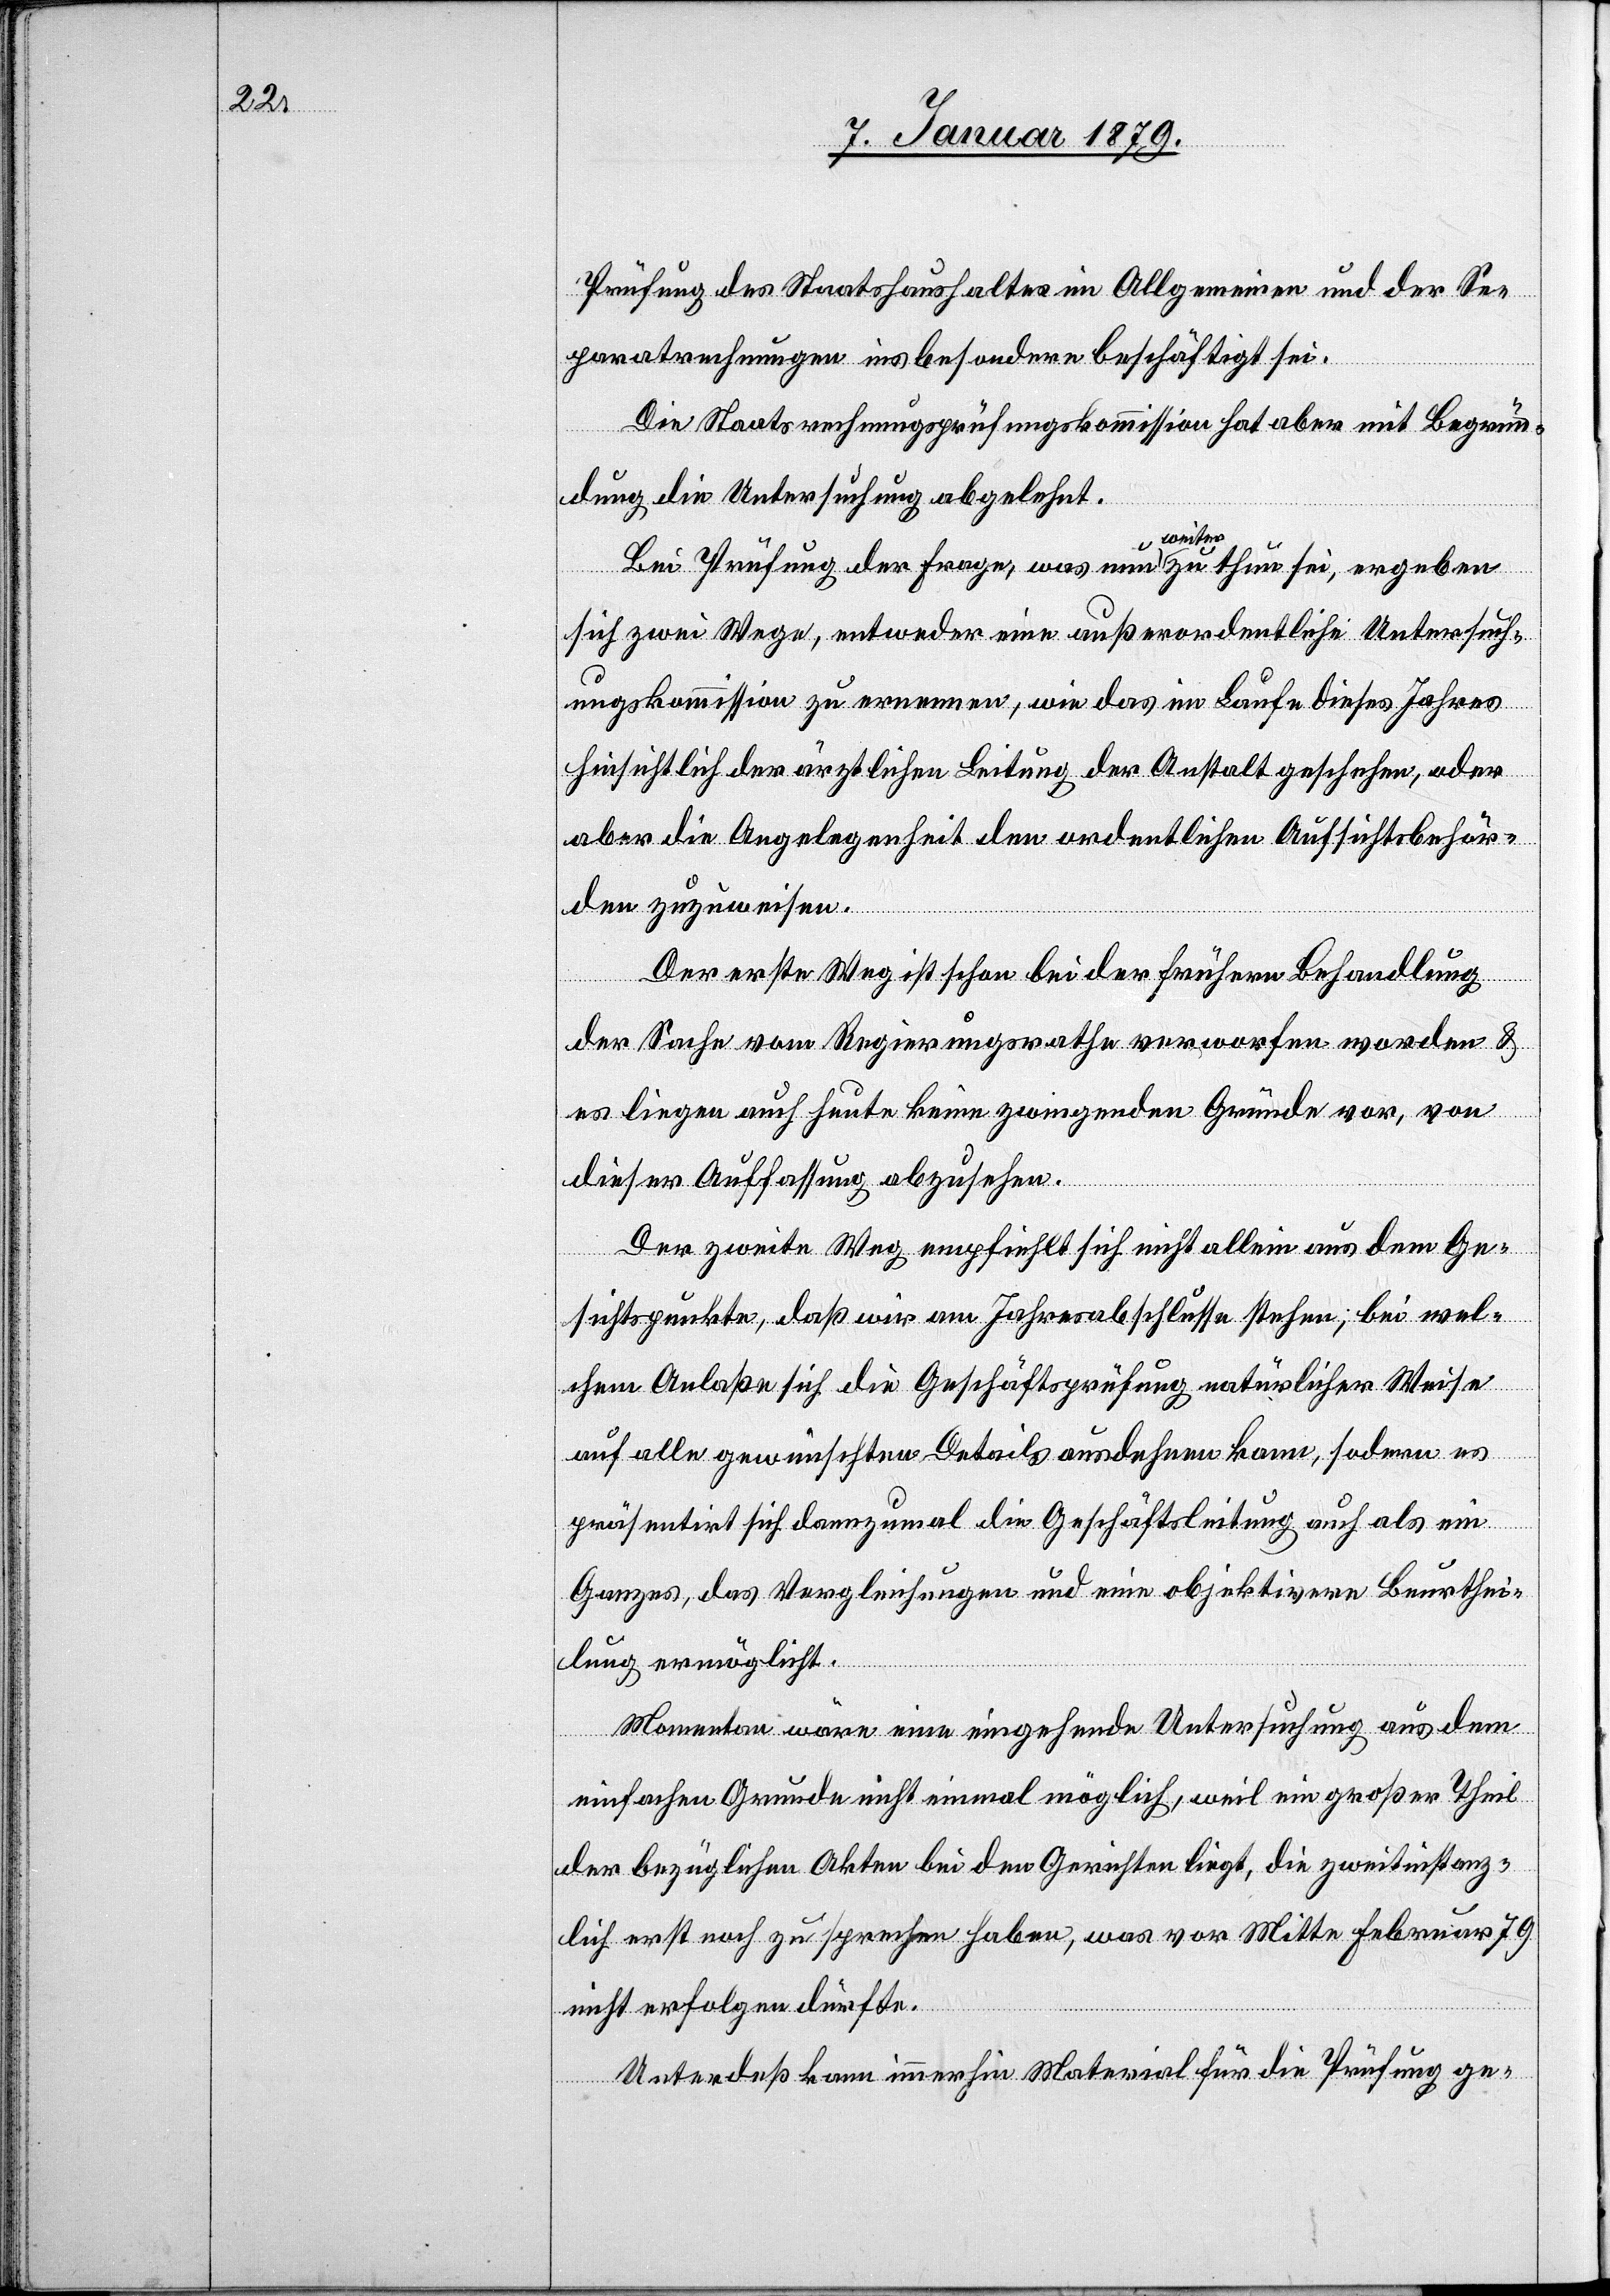
Prüfung des Staatshaushaltes im Allgemeinen und der Se¬
paratrechnungen insbesondere beschäftigt sei.
Die Staatsrechnungsprüfungskommission hat aber mit Begrün¬
dung die Untersuchung abgelehnt.
Bei Prüfung der Frage, was nun a-weiter-a zu thun sei, ergeben
sich zwei Wege, entweder eine außerordentliche Untersuch¬
ungskommission zu ernennen, wie das im Laufe dieses Jahres
hinsichtlich der ärztlichen Leitung der Anstalt geschehen, oder
aber die Angelegenheit den ordentlichen Aufsichtsbehör¬
den zuzuweisen.
Der erste Weg ist schon bei der frühern Behandlung
der Sache vom Regierungsrathe verworfen worden &
es liegen auch heute keine zwingenden Gründe vor, von
dieser Auffassung abzusehen.
Der zweite Weg empfiehlt sich nicht allein aus dem Ge¬
sichtspunkte, daß wir am Jahresabschlusse stehen; bei wel¬
chem Anlaße sich die Geschäftsprüfung natürlicher Weise
auf alle gewünschten Details ausdehnen kann, sodern [si¬
präsentirt sich dannzumal die Geschäftsleitung auch als ein
Ganzes, das Vergleichungen und eine objektivere Beurthei¬
lung ermöglicht.
Momentan wäre eine eingehende Untersuchung aus dem
es
einfachen Grunde nicht einmal möglich, weil ein großer Theil
der bezüglichen Akten bei den Gerichten liegt, die zweitinstanz¬
lich erst noch zu sprechen haben, was vor Mitte Februar 79
nicht erfolgen dürfte.
Unterdeß [sic!] kann immerhin Material für die Prüfung ge-